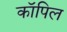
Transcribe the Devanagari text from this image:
कॉपिल